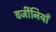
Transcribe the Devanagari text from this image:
वर्जीनियाँ